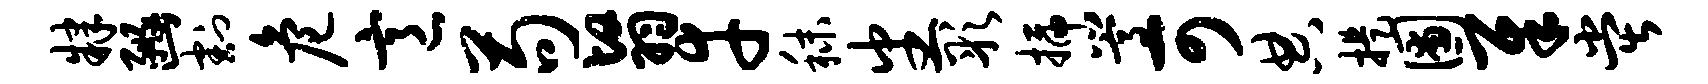
肄豳割危意苟翳幸秣番彤插嵩可典提圃犀堂